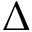
\Delta